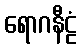
ရောဂနီဠံ